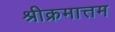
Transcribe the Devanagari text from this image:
श्रीक्रमात्तम